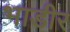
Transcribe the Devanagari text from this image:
भाडीर